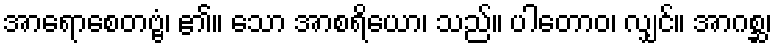
အာရောစေတဗ္ဗံ၊ ၏။ သော အာစရိယော၊ သည်။ ပါတောဝ၊ လျှင်။ အာဂစ္ဆ၊